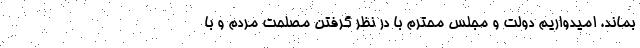
بماند. امیدواریم دولت و مجلس محترم با در نظر گرفتن مصلحت مردم و با